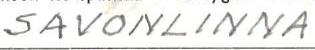
SAVONLINNA